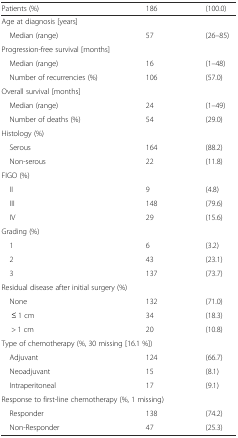
| Patients (%) | 186 | (100.0) |
 | --- | --- | --- |
 | <COLSPAN=3> Age at diagnosis [years] |
 | Median (range) | 57 | (26–85) |
 | <COLSPAN=3> Progression-free survival [months] |
 | Median (range) | 16 | (1–48) |
 | Number of recurrencies (%) | 106 | (57.0) |
 | <COLSPAN=3> Overall survival [months] |
 | Median (range) | 24 | (1–49) |
 | Number of deaths (%) | 54 | (29.0) |
 | <COLSPAN=3> Histology (%) |
 | Serous | 164 | (88.2) |
 | Non-serous | 22 | (11.8) |
 | <COLSPAN=3> FIGO (%) |
 | II | 9 | (4.8) |
 | III | 148 | (79.6) |
 | IV | 29 | (15.6) |
 | <COLSPAN=3> Grading (%) |
 | 1 | 6 | (3.2) |
 | 2 | 43 | (23.1) |
 | 3 | 137 | (73.7) |
 | <COLSPAN=3> Residual disease after initial surgery (%) |
 | None | 132 | (71.0) |
 | ≤ 1 cm | 34 | (18.3) |
 | > 1 cm | 20 | (10.8) |
 | <COLSPAN=3> Type of chemotherapy (%, 30 missing [16.1 %]) |
 | Adjuvant | 124 | (66.7) |
 | Neoadjuvant | 15 | (8.1) |
 | Intraperitoneal | 17 | (9.1) |
 | <COLSPAN=3> Response to first-line chemotherapy (%, 1 missing) |
 | Responder | 138 | (74.2) |
 | Non-Responder | 47 | (25.3) |